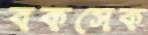
বকসেক